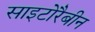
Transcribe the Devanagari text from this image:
साइटोरैबीन